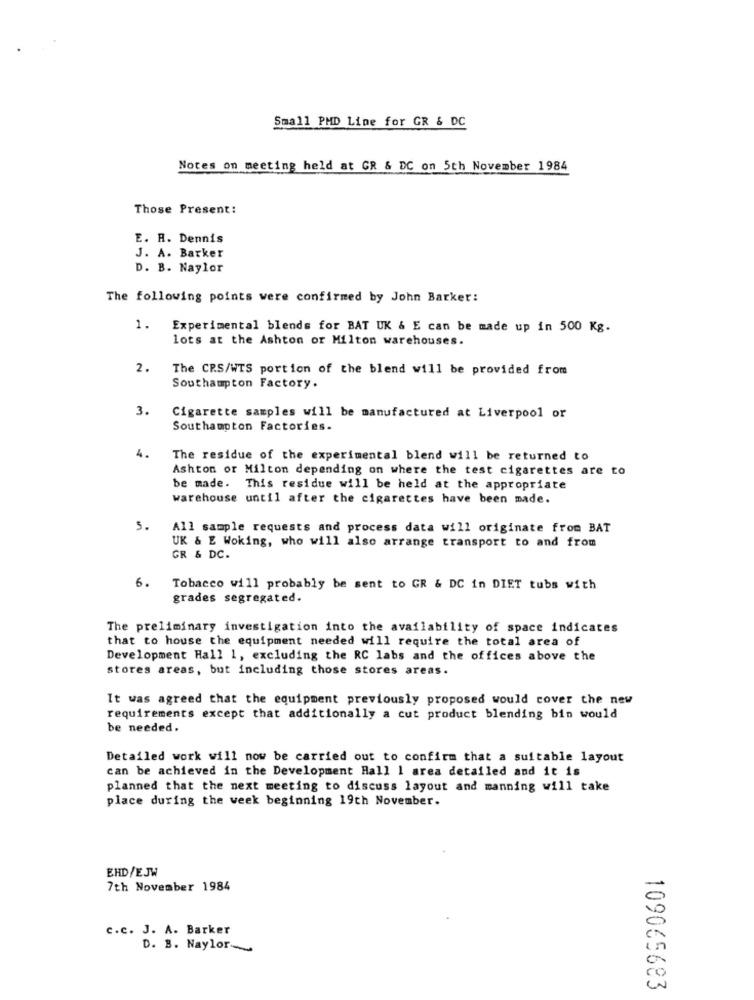
Small PMD Line for GR & DC
Notes on meeting held at GR & DC on 5th November 1984
Those Present:
E. R. Dennis
J. A. Barker
D. B. Naylor
The following points were confirmed by John Barker:
1.
Experimental blends for BAT UK & E can be made up in 500 Kg.
lots at the Ashton or Milton warehouses.
2.
The CR.S/WTS portion of the blend will be provided from
Southampton Factory.
3.
Cigarette samples will be manufactured at Liverpool or
Southampton Factories.
4.
The residue of the experimental blend will be returned to
Ashton or Milton depending on where the test cigarettes are to
be made. This residue will be held at the appropriate
warehouse until after the cigarettes have been made.
5.
All sample requests and process data will originate from BAT
UK & E Woking, who will also arrange transport to and from
GR & DC.
6.
Tobacco will probably be sent to GR & DC in DIET tubs with
grades segregated.
The preliminary investigation into the availability of space indicates
that to house the equipment needed will require the total area of
Development Hall 1, excluding the RC labs and the offices above the
stores areas, but including those stores areas.
It was agreed that the equipment previously proposed would cover the new
requirements except that additionally a cut product blending bin would
be needed.
Detailed work will now be carried out to confirm that a suitable layout
can be achieved in the Development Hall 1 area detailed and it is
planned that the next meeting to discuss layout and manning will take
place during the week beginning 19th November.
EHD/EJW
7th November 1984
c.c. J. A. Barker
D. B. Naylor-
109065683